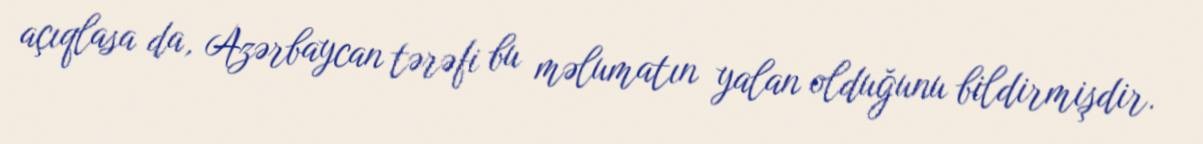
açıqlasa da, Azərbaycan tərəfi bu məlumatın yalan olduğunu bildirmişdir.